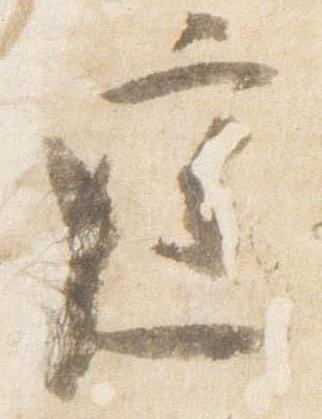
庭